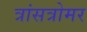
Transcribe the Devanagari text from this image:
त्रांसत्रोमर